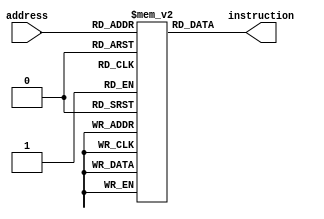
`timescale 1ns / 1ps

module program_memory(address, instruction);
    input [11:0] address;
    output [15:0] instruction;
    
    
    reg [15:0] memory [4095:0];
    reg [15:0] instruction;
    integer i;
    /*initial begin
        
        for(i=0; i<4096 ; i=i+1)begin
            case(i)
            0: memory[i] = 16'b0000000000000000; 
            6: memory[i] = 16'b0000101100101010; 
            8: memory[i] = 16'b0001001100100001; 
            10: memory[i] = 16'b0001101100100001; 
            12: memory[i] = 16'b0010001100101010;
            14: memory[i] = 16'b0010101100101010; 
            16: memory[i] = 16'b0011001100101010; 
            18: memory[i] = 16'b0011101100101010;
            20: memory[i] = 16'b0100001100100001; 
            22: memory[i] = 16'b0100101100101010;
            24: memory[i] = 16'b0101001101101010;
            26: memory[i] = 16'b0101001100101010; 
            28: memory[i] = 16'b0101101100101010; 
            30: memory[i] = 16'b0110001100101010; 
            32: memory[i] = 16'b0110101100101010; 
            34: memory[i] = 16'b0111001100101010;
            36: memory[i] = 16'b0111101100101010; 
            38: memory[i] = 16'b1000101100101010; 
            40: memory[i] = 16'b1001001100101010; 
            42: memory[i] = 16'b1001101100101010; 
            44: memory[i] = 16'b1010001100101010;
            
            default: memory[i] = 16'b0000000000000000;
            endcase
            #0.001;
        end
       end*/
        
        //TEST1
        initial begin
            for(i=0; i<4096 ; i=i+1)begin
                case(i)
                
                    //TEST_1
                    /*
                    0:memory[0] = 16'hFFFF ;
                    2:memory[1] = 16'h7400 ;
                    3:memory[2] = 16'h7300 ;
                    4:memory[3] = 16'h1104 ;
                    5:memory[4] = 16'h0102 ;
                    6:memory[5] = 16'h7500 ;
                    7:memory[6] = 16'h7600 ;
                    8:memory[7] = 16'h7100 ;
                    9:memory[8] = 16'h1103 ;
                    10:memory[9] = 16'h7200 ;
                    11:memory[10] = 16'h2500 ;
                    12:memory[11] = 16'h1500 ;
                    13:memory[12] = 16'h6000 ;
                    14:memory[13] = 16'hFF00 ;
                    15:memory[14] = 16'hFFFD ;
                    16:memory[15] = 16'hFFFE ;
                    17:memory[17] = 16'hFFFE ;
                    default: memory[i] = 16'hFFFF; */
                    //memory[]
                    
                    //TEST_2
                    /*0:memory[0] = 16'hFFFF;
                    2:memory[2] = 16'h7400 ;
                    3:memory[3] = 16'h7300 ;
                    4:memory[4] = 16'h7900 ;
                    5:memory[5] = 16'h1103 ;
                    6:memory[6] = 16'h7100 ;
                    7:memory[7] = 16'h7700 ;
                    8:memory[8] = 16'h7100 ;
                    9:memory[9] = 16'h7d00 ;
                    10:memory[10] = 16'h4007 ;
                    11:memory[11] = 16'h6000 ;*/
                    
                    //TEST_3
                    
                    0:memory[0] = 16'hFFFF;
                    2:memory[2] = 16'h7400 ;
                    3:memory[3] = 16'h7300 ;
                    4:memory[4] = 16'h0104 ;
                    5:memory[5] = 16'h8000 ;
                    6:memory[6] = 16'h6000 ;
                    
                    12'hff1: memory[12'hff1] = 16'h0000;
                    12'hff2: memory[12'hff2] = 16'h1101;
                    12'hff3: memory[12'hff3] = 16'h7100;
                    12'hff4: memory[12'hff4] = 16'h7400;
                    12'hff5: memory[12'hff5] = 16'h9000;
                    
                    //TEST_4
                    /*
                    0:memory[0] = 16'hFFFF;
                    2:memory[2] = 16'h7400 ;
                    3:memory[3] = 16'h7300 ;
                    4:memory[4] = 16'h07f1 ;
                    5:memory[5] = 16'h5000 ;
                    6:memory[6] = 16'h07f2 ;
                    7:memory[7] = 16'h5000 ;
                    8:memory[8] = 16'h07f3 ;
                    9:memory[9] = 16'h5000 ;
                    10:memory[10] = 16'h07f4 ;
                    11:memory[11] = 16'h5000 ;
                    12:memory[12] = 16'h07f5 ;
                    13:memory[13] = 16'h5000 ;
                    14:memory[14] = 16'h07f6 ;
                    15:memory[15] = 16'h5000 ;
                    16:memory[16] = 16'h7300 ;
                    17:memory[17] = 16'hA000 ;
                    18:memory[18] = 16'h7100 ;
                    19:memory[19] = 16'h7d00 ;
                    
                    20:memory[20] = 16'h4011 ;
                    21:memory[21] = 16'h6000 ;
                    */
                    //TEST_5
                    /*0:memory[0] = 16'hFFFF;
                    2:memory[2] = 16'h7400 ;
                    3:memory[3] = 16'h7300 ;
                    4:memory[4] = 16'h1301 ;
                    5:memory[5] = 16'h0302 ;
                    6:memory[6] = 16'h7100 ;
                    7:memory[7] = 16'h7E00 ;
                    8:memory[8] = 16'h7F00 ;
                    9:memory[9] = 16'h6000 ;
                    */
                    /*0:memory[0] = 16'hFFFF;
                    2:memory[2] = 16'h7400 ;
                    3:memory[3] = 16'h7300 ;
                    4:memory[4] = 16'h1301 ;
                    5:memory[5] = 16'h0302 ;
                    6:memory[6] = 16'hB000 ;
                    7:memory[7] = 16'h2500 ;
                    
                    8:memory[8] = 16'h1500 ;
                    9:memory[9] = 16'h6000 ;
                    
                    12'h501:memory[12'h501] = 16'h7100 ;
                    12'h502:memory[12'h502] = 16'h7E00 ;
                    12'h503:memory[12'h503] = 16'h7A00 ;
                    12'h504:memory[12'h504] = 16'h7F00 ;
                    12'h505: memory[12'h505] = 16'h9000;*/
                    
                    
                    //:memory[] = 16'h
                    default: memory[i] = 16'hFFFF;
                    
                endcase
                #0.01;
           end
    end
     
    always@(address)begin
        instruction = memory[address];
    end
    
    
endmodule